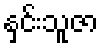
နှင်းသူဇာ